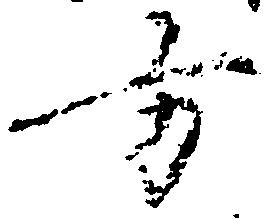
方